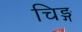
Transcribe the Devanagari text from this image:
चिङ्ग